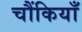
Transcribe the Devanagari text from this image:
चौंकियाँ